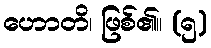
ဟောတိ၊ ဖြစ်၏။ (၅)